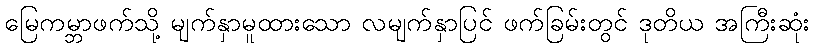
မြေကမ္ဘာဖက်သို့ မျက်နှာမူထားသော လမျက်နှာပြင် ဖက်ခြမ်းတွင် ဒုတိယ အကြီးဆုံး